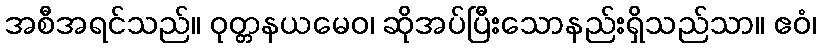
အစီအရင်သည်။ ဝုတ္တနယမေဝ၊ ဆိုအပ်ပြီးသောနည်းရှိသည်သာ။ ဧဝံ၊